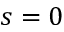
s = 0